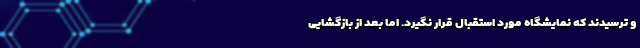
و ترسیدند که نمایشگاه مورد استقبال قرار نگیرد. اما بعد از بازگشایی